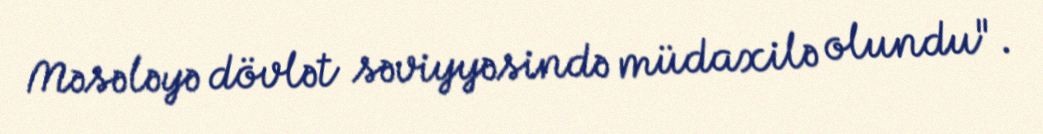
Məsələyə dövlət səviyyəsində müdaxilə olundu".